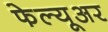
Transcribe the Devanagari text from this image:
फेल्यूअर